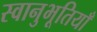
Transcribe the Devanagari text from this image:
स्वानुभूतियाँ